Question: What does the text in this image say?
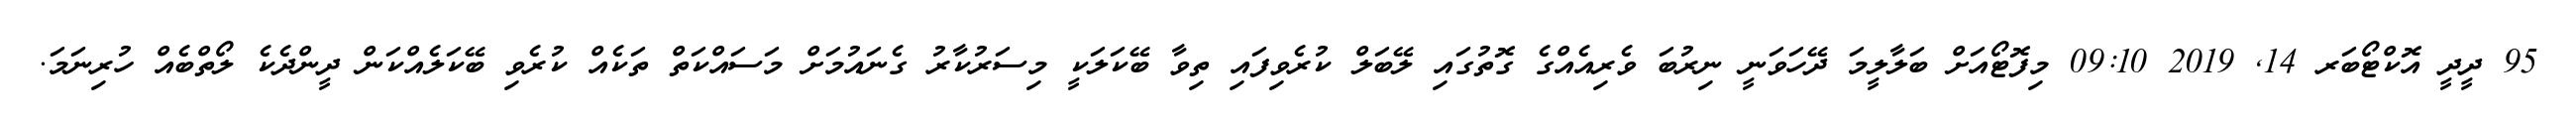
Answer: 95 ދީދީ އޮކްޓޯބަރ 14, 2019 09:10 މިފޮޓޯއަށް ބަލާލީމަ ދޭހަވަނީ ނިރުބަ ވެރިއެއްގެ ގޮތުގައި ލޭބަލް ކުރެވިފައި ތިވާ ބޭކަލަކީ މިސަރުކާރު ގެނައުމަށް މަސައްކަތް ތަކެއް ކުރެވި ބޭކަލެއްކަން ދީންދެކެ ލޯތްބެއް ހުރިނަމަ.